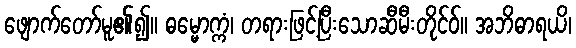
ဖျောက်တော်မူ၏၍။ ဓမ္မောက္ကံ၊ တရားဖြင့်ပြီးသောဆီမီးတိုင်ဝ်။ အဘိဓာရယိ၊